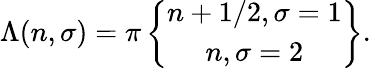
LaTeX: \Lambda(n,\sigma)=\pi\left\{ \begin{array}{c}{{n+1/2,\sigma=1}}\\ {{n,\sigma=2}}\end{array}\right\} .